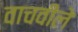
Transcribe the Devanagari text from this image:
वाचवीले